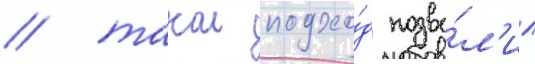
/ такои подхо́д позво́л'ил